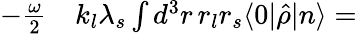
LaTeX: \begin{array}{rl}{-\frac{\omega}{2}}&{{}k_{l}\lambda_{s}\int d^{3}r\, r_{l}r_{s}\langle 0|\hat{\rho}|n\rangle=}\end{array}